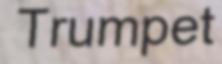
Trumpet